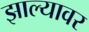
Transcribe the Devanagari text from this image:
झाल्‍यावर